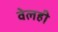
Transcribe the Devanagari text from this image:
वेलही